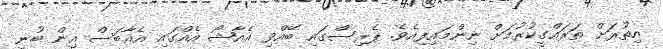
އިތުރަށް ތަރައްގީކުރުމަށް ނިންމައިފިއެވެ. ޕެރިސްގައި ބޭއްވި އެއާޝޯ އެއްގައި އެއާބަސް އިން ބުނި